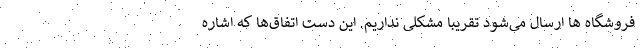
فروشگاه ها ارسال می‌شود تقریبا مشکلی نداریم. این دست اتفاق‌ها که اشاره